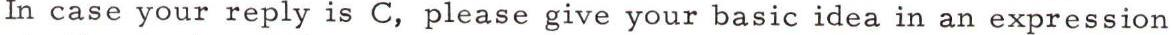
In case your reply is C, please give your basic idea in an expression